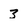
Character: 3